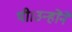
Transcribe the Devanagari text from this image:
थी।उन्होंने